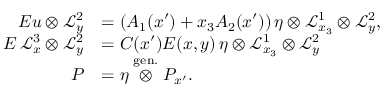
\begin{array} { r l } { E u \otimes \mathcal { L } _ { y } ^ { 2 } } & { = \left( A _ { 1 } ( x ^ { \prime } ) + x _ { 3 } A _ { 2 } ( x ^ { \prime } ) \right) \eta \otimes \mathcal { L } _ { x _ { 3 } } ^ { 1 } \otimes \mathcal { L } _ { y } ^ { 2 } , } \\ { E \, \mathcal { L } _ { x } ^ { 3 } \otimes \mathcal { L } _ { y } ^ { 2 } } & { = C ( x ^ { \prime } ) E ( x , y ) \, \eta \otimes \mathcal { L } _ { x _ { 3 } } ^ { 1 } \otimes \mathcal { L } _ { y } ^ { 2 } } \\ { P } & { = \eta \stackrel { \mathrm { g e n . } } { \otimes } P _ { x ^ { \prime } } . } \end{array}